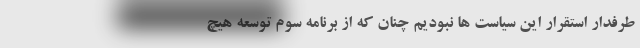
طرفدار استقرار این سیاست ها نبودیم چنان که از برنامه سوم توسعه هیچ